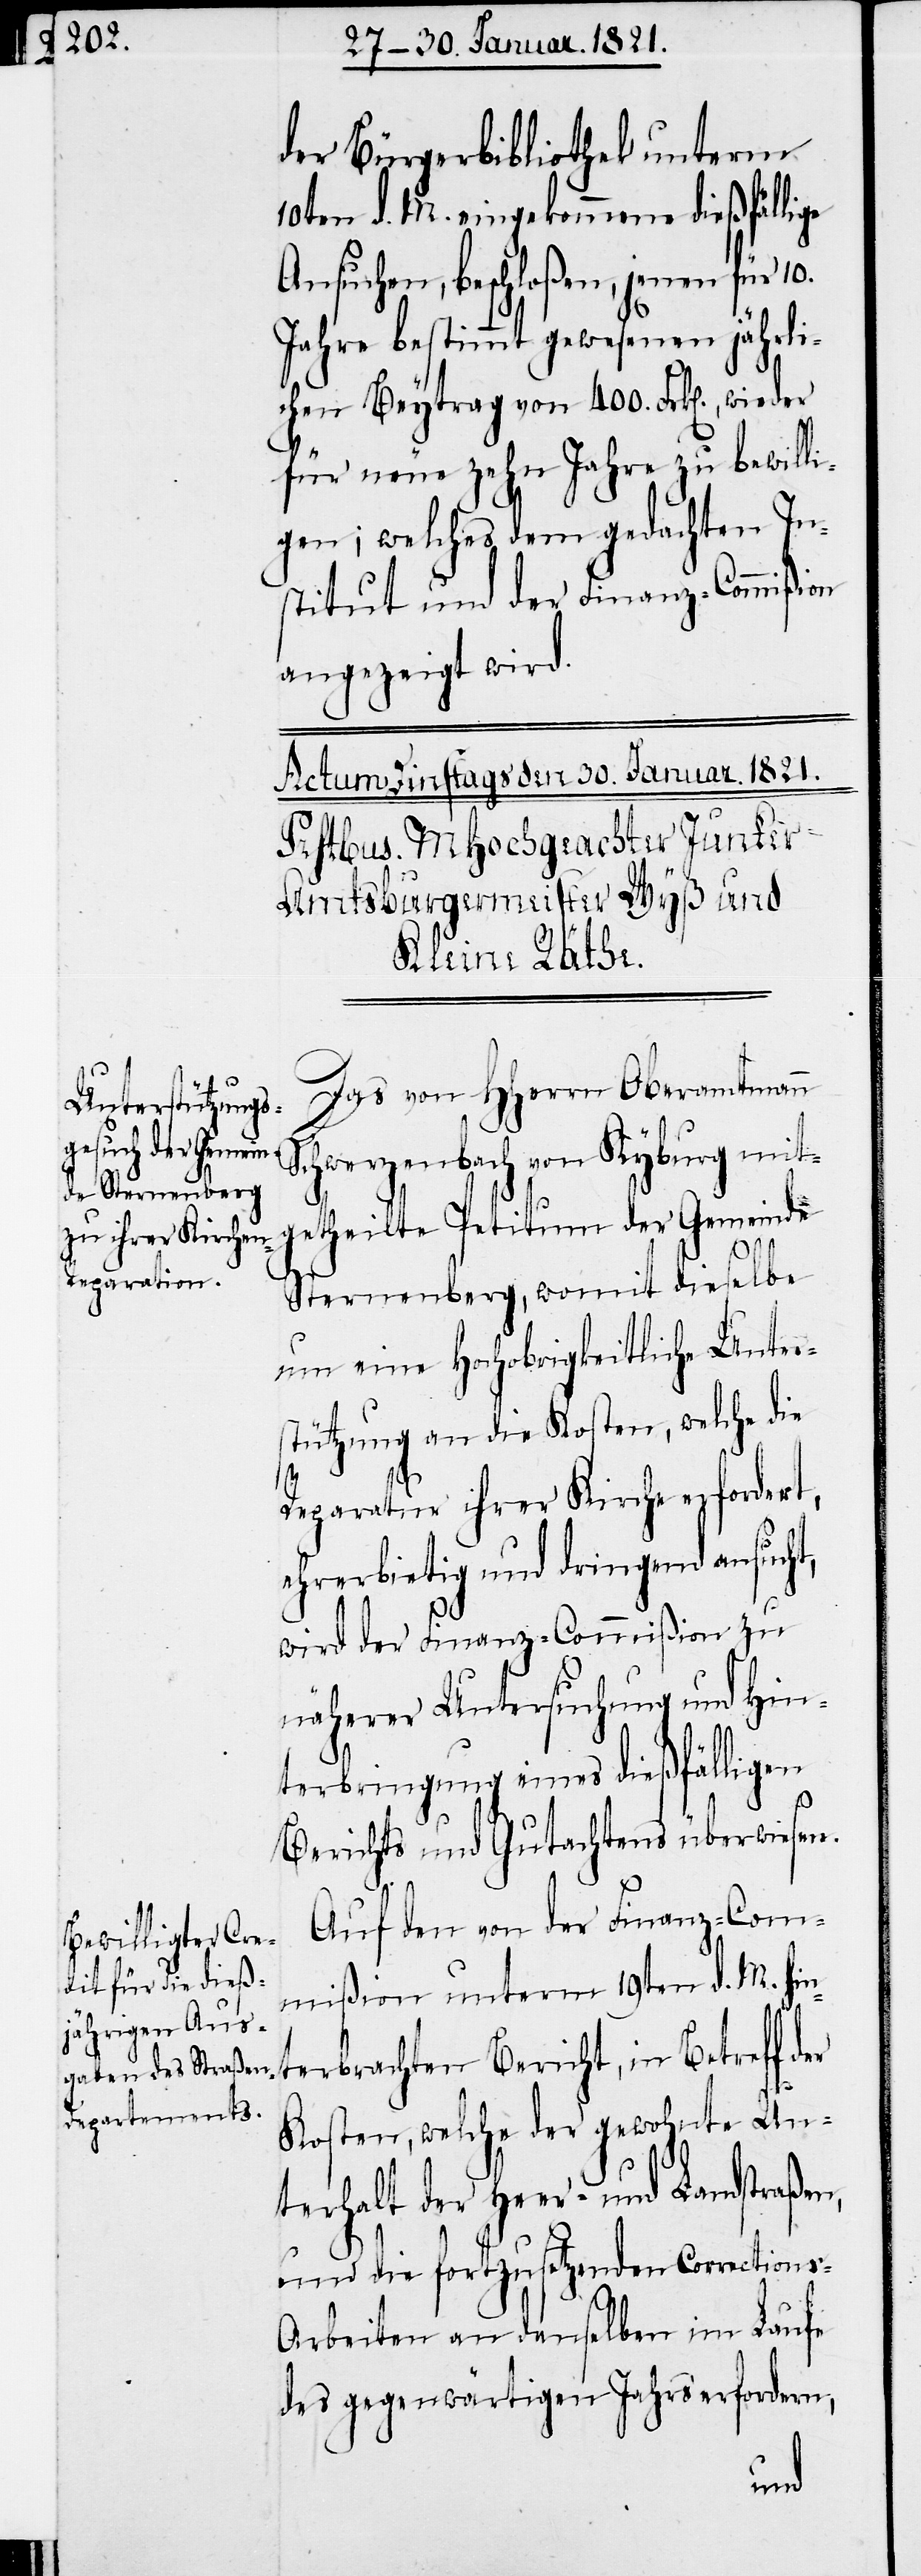
er

der Bürgerbibliothek unterm
10ten d. M. eingekommene dießfällige
Ansuchen, beschloßen, jenen für
Jahre bestimmt gewesenen jährli¬
chen Beytrag von 400. Frk[en]., wieder
für neue zehn Jahre zu bewill¬
igen; welches dem gedachten In¬
stitut und der Finanz-Commißion
angezeigt wird.
Das von HHerrn Oberamtmann
Schwerzenbach von Kyburg mit¬
getheilte Petitum der Gemeinde
Sternenberg, womit dieselbe
um eine Hochobrigkeitliche Unter¬
stützung an die Kosten, welche die
Reparatur ihrer Kirche erforder¬
ehrerbietig und dringend ansucht,
wird der Finanz-Commißion zu
näherer Untersuchung ein¬
Berichts und Gutachtens überwiesen.
Auf den von der Finanz-Com¬
mißion unterm 19ten d. M. hin¬
terbrachten Bericht, in Betreff d¬
Kosten, welche der gewohnte Un¬
terhalt der Heer- und Landstraßen,
und die fortzusetzenden Correction¬
s-Arbeiten an denselben im Laufe
des gegenwärtigen Jahres erfordern,